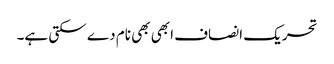
تحریک انصاف ابھی بھی نام دے سکتی ہے۔